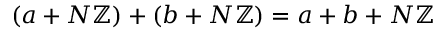
( a + N \mathbb { Z } ) + ( b + N \mathbb { Z } ) = a + b + N \mathbb { Z }